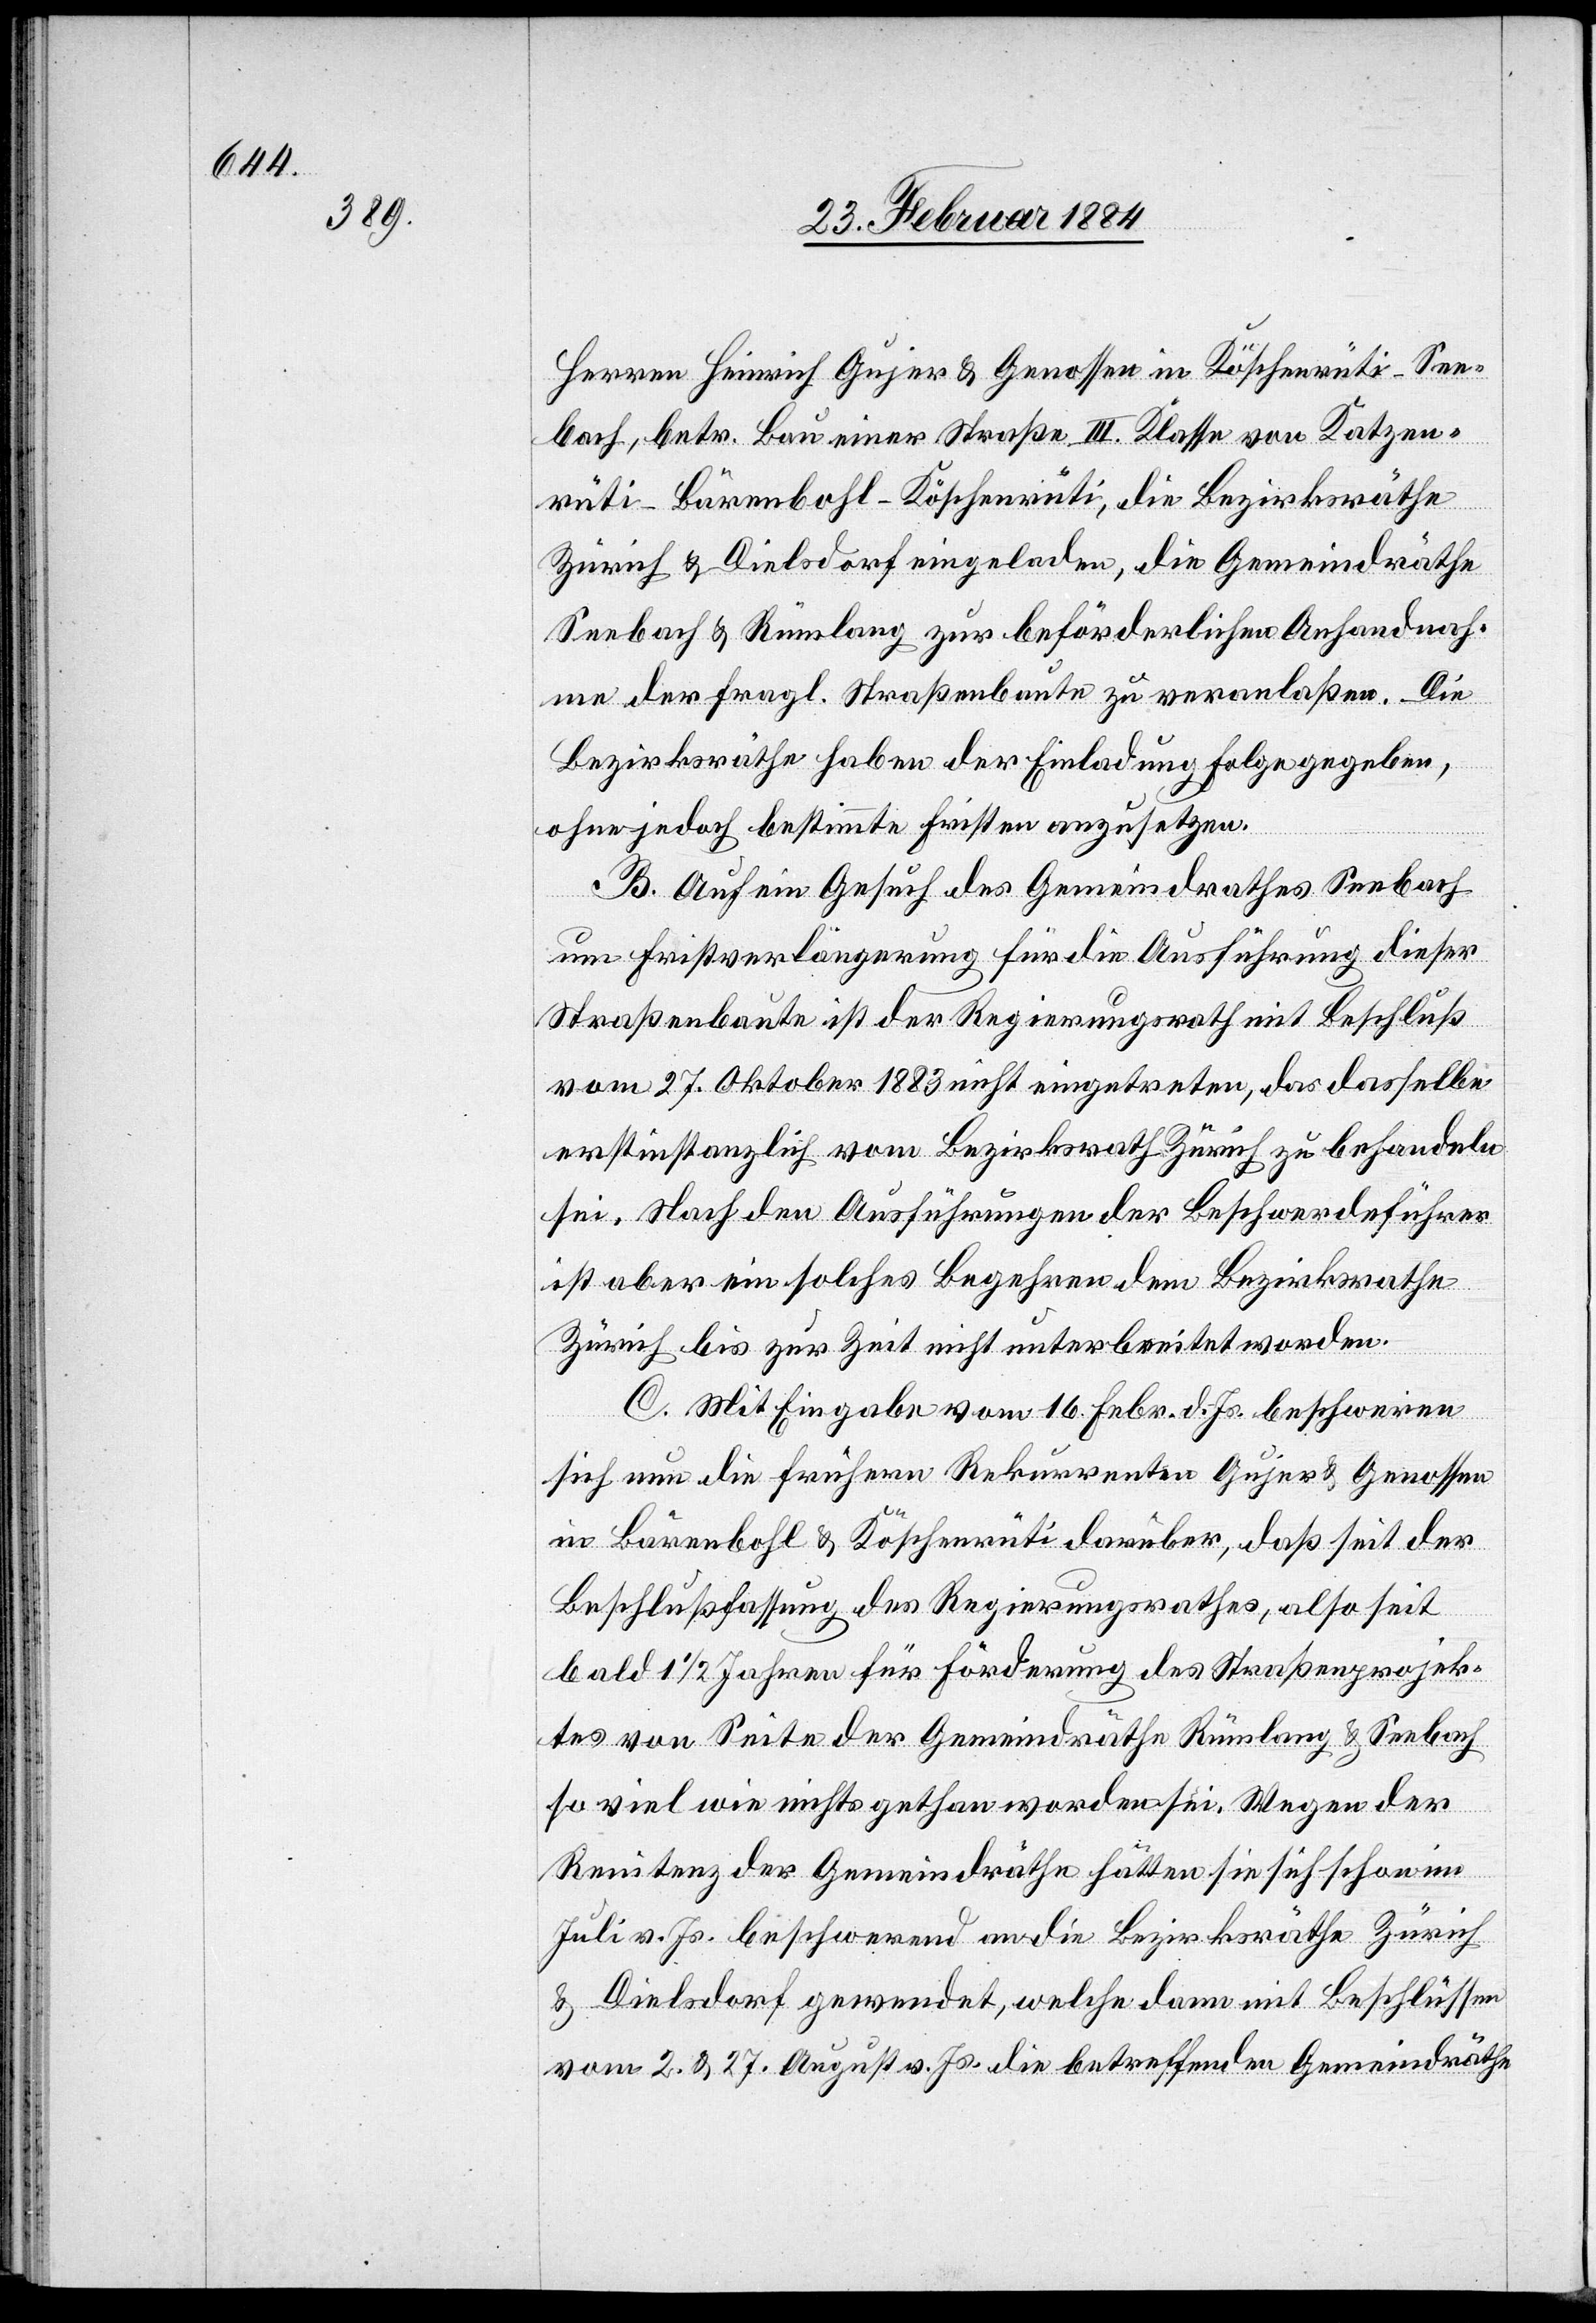
Herren Heinrich Grujer & Genossen in Köschenrüti - See¬
bach, betr. Bau einer Straße III. Klasse von Katzen¬
rüti–Bärenbohl–Köschenrüti, die Bezirksräthe
Seebach & Rümlang zur beförderlichen Anhandnah¬
me der frag. Straßenbaute zu veranlaßt. Die
Bezirksräthe haben der Einladung Folge gegeben,
ohne jedoch bestimmte Fristen anzusetzen.
B. Auf ein Gesuch des Gemeindrathes Seebach
um Firstverlängerung für die Ausführung dieser
Straßenbaute ist der Regierungsrath mit Beschluß
vom 17. Oktober 1883 nicht eingetreten, da dasselbe
erstinstanzlich vom Bezirksrath Zürich zu behandeln
sei. Nach den Ausführungen der Beschwerdeführer
ist aber ein solches Begehren dem Bezirksrathe
Zürich bis zur Zeit nicht unterbreitet worden.
C. Mit Eingabe vom 16. Febr. d. Js. beschweren
sich nun die früheren Rekurrenten Gujer & Genossen
in Bärenbohl & Köschenrüti darüber, daß seit der
Beschlußfassung des Regierungsrathes, also seit
bald 1 1/2 Jahren für Förderung des Straßenprojek¬
tes von Seite der Gemeindräthe Rümlang & Seebach
so viel wie nichts gethan worden sei. Wegen der
Renitenz der Gemeindräthe hätten sie sich schon im
Juli v. Js. beschwerend an die Bezirksräthe Zürich
& Dielsdorf gewendet, welche dann mit Beschlüssen
vom 2. & 27. August v. Js. die betreffenden Gemeindräthe